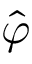
\hat { \varphi }